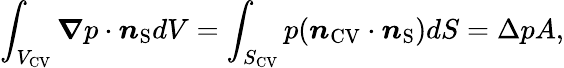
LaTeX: \int_{{V_{\mathrm{{CV}}}}}\boldsymbol{\nabla}p\cdot\boldsymbol{n}_{\mathrm{{S}}}dV=\int_{{S_{\mathrm{{CV}}}}}p(\boldsymbol{n}_{\mathrm{{CV}}}\cdot\boldsymbol{n}_{\mathrm{{S}}})dS=\Delta pA,